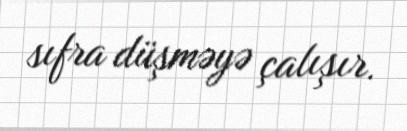
sıfra düşməyə çalışır.